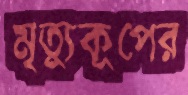
মৃত্যুকূপের